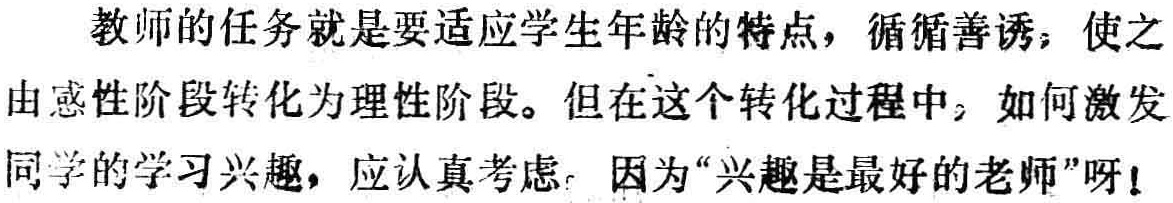
教师的任务就是要适应学生年龄的特点，循循善诱，使之由感性阶段转化为理性阶段。但在这个转化过程中，如何激发同学的学习兴趣，应认真考虑。因为“兴趣是最好的老师”呀！